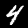
Label: 4